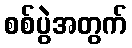
စစ်ပွဲအတွက်